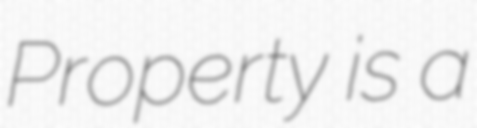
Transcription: Property is a